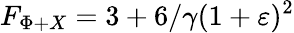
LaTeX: F_{\Phi+X}=3+6/\gamma(1+\varepsilon)^{2}